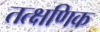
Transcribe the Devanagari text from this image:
तत्क्षणिक